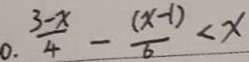
0 . \frac { 3 - x } { 4 } - \frac { ( x - 1 ) } { 6 } < x